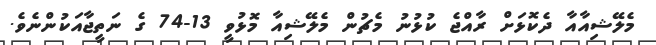
މެލޭޝިއާއާ ދެކޮޅަށް ރާއްޖެ ކުޅުނު މެޗުން މެލޭޝިއާ މޮޅުވީ 13-74 ގެ ނަތީޖާއަކުންނެވެ.